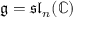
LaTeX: { \mathfrak { g } } = { \mathfrak { s l } } _ { n } ( \mathbb { C } )